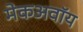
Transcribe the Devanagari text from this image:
मेकअवॉय